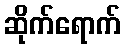
ဆိုက်ရောက်